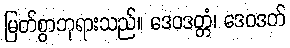
မြတ်စွာဘုရားသည်။ ဒေဝဒတ္တံ၊ ဒေဝဒတ်